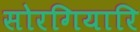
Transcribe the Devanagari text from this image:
सोरगियारि